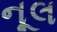
નૂલ